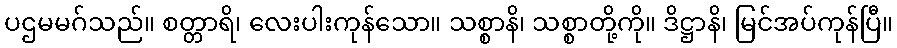
ပဌမမဂ်သည်။ စတ္တာရိ၊ လေးပါးကုန်သော။ သစ္စာနိ၊ သစ္စာတို့ကို။ ဒိဋ္ဌာနိ၊ မြင်အပ်ကုန်ပြီ။